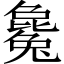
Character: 毚